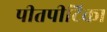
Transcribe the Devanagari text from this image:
पीतपीटिका